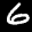
Label: 6